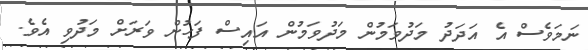
ނަމަވެސް އެ އަދަދު މަދުވަމުން މަދުވަމުން އައިސް ފަހުން ވަރަށް މަދުވި އެވެ.